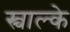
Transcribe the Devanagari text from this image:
स्चाल्के